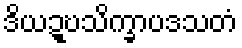
ဒိယဍ္ဎသိက္ခာပဒသတံ